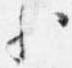
歟